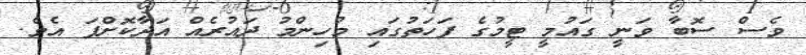
ވެސް ސޮބާ ވަނީ ގައުމީ ޓީމުގެ ފަހަތުގައި މުހިންމު ދައުރެއް އަދާކޮށްފަ އެވެ.